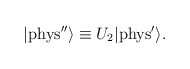
\begin{align*}|{\rm{phys''}} \rangle \equiv U_2 |{\rm{phys}}^\prime \rangle.\end{align*}